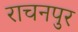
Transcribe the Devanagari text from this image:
राचनपुर